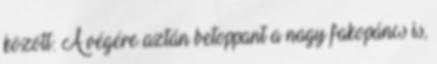
között: A végére aztán betoppant a nagy fakopáncs is,